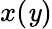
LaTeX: x(\mathit{y})